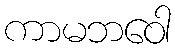
ကာမဘဝေါ